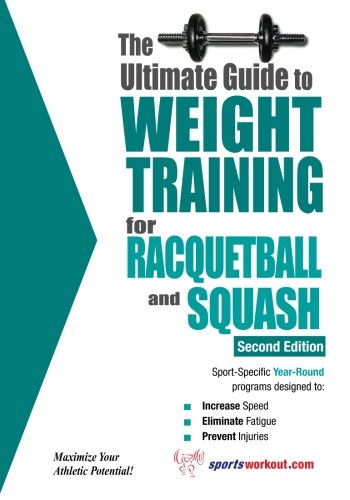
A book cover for The Ultimate Guide to Weight Training for Racquetball & Squash (Ultimate Guide to Weight Training: Racquetball & Squash); Rob Price; Sports & Outdoors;